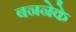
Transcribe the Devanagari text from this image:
बननेके